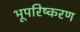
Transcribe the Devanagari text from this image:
भूपरिष्करण